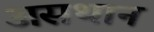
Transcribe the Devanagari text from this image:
असथान